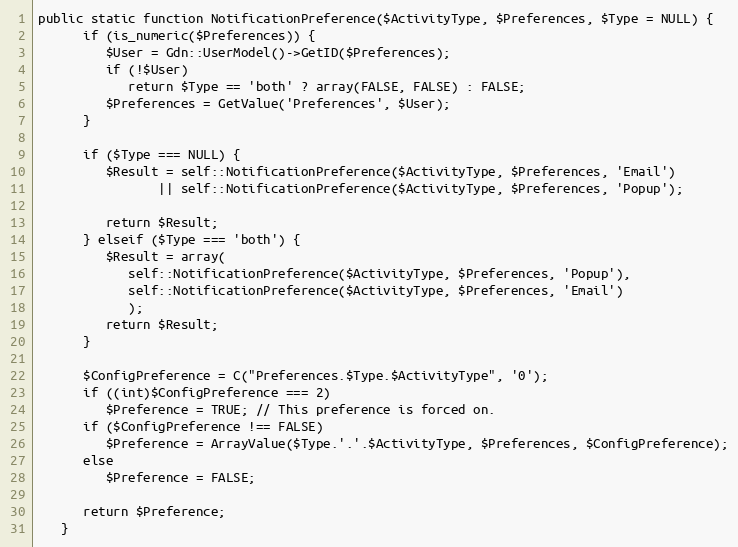
Language: PHP
public static function NotificationPreference($ActivityType, $Preferences, $Type = NULL) {
      if (is_numeric($Preferences)) {
         $User = Gdn::UserModel()->GetID($Preferences);
         if (!$User)
            return $Type == 'both' ? array(FALSE, FALSE) : FALSE;
         $Preferences = GetValue('Preferences', $User);
      }

      if ($Type === NULL) {
         $Result = self::NotificationPreference($ActivityType, $Preferences, 'Email')
                || self::NotificationPreference($ActivityType, $Preferences, 'Popup');

         return $Result;
      } elseif ($Type === 'both') {
         $Result = array(
            self::NotificationPreference($ActivityType, $Preferences, 'Popup'),
            self::NotificationPreference($ActivityType, $Preferences, 'Email')
            );
         return $Result;
      }

      $ConfigPreference = C("Preferences.$Type.$ActivityType", '0');
      if ((int)$ConfigPreference === 2)
         $Preference = TRUE; // This preference is forced on.
      if ($ConfigPreference !== FALSE)
         $Preference = ArrayValue($Type.'.'.$ActivityType, $Preferences, $ConfigPreference);
      else
         $Preference = FALSE;

      return $Preference;
   }